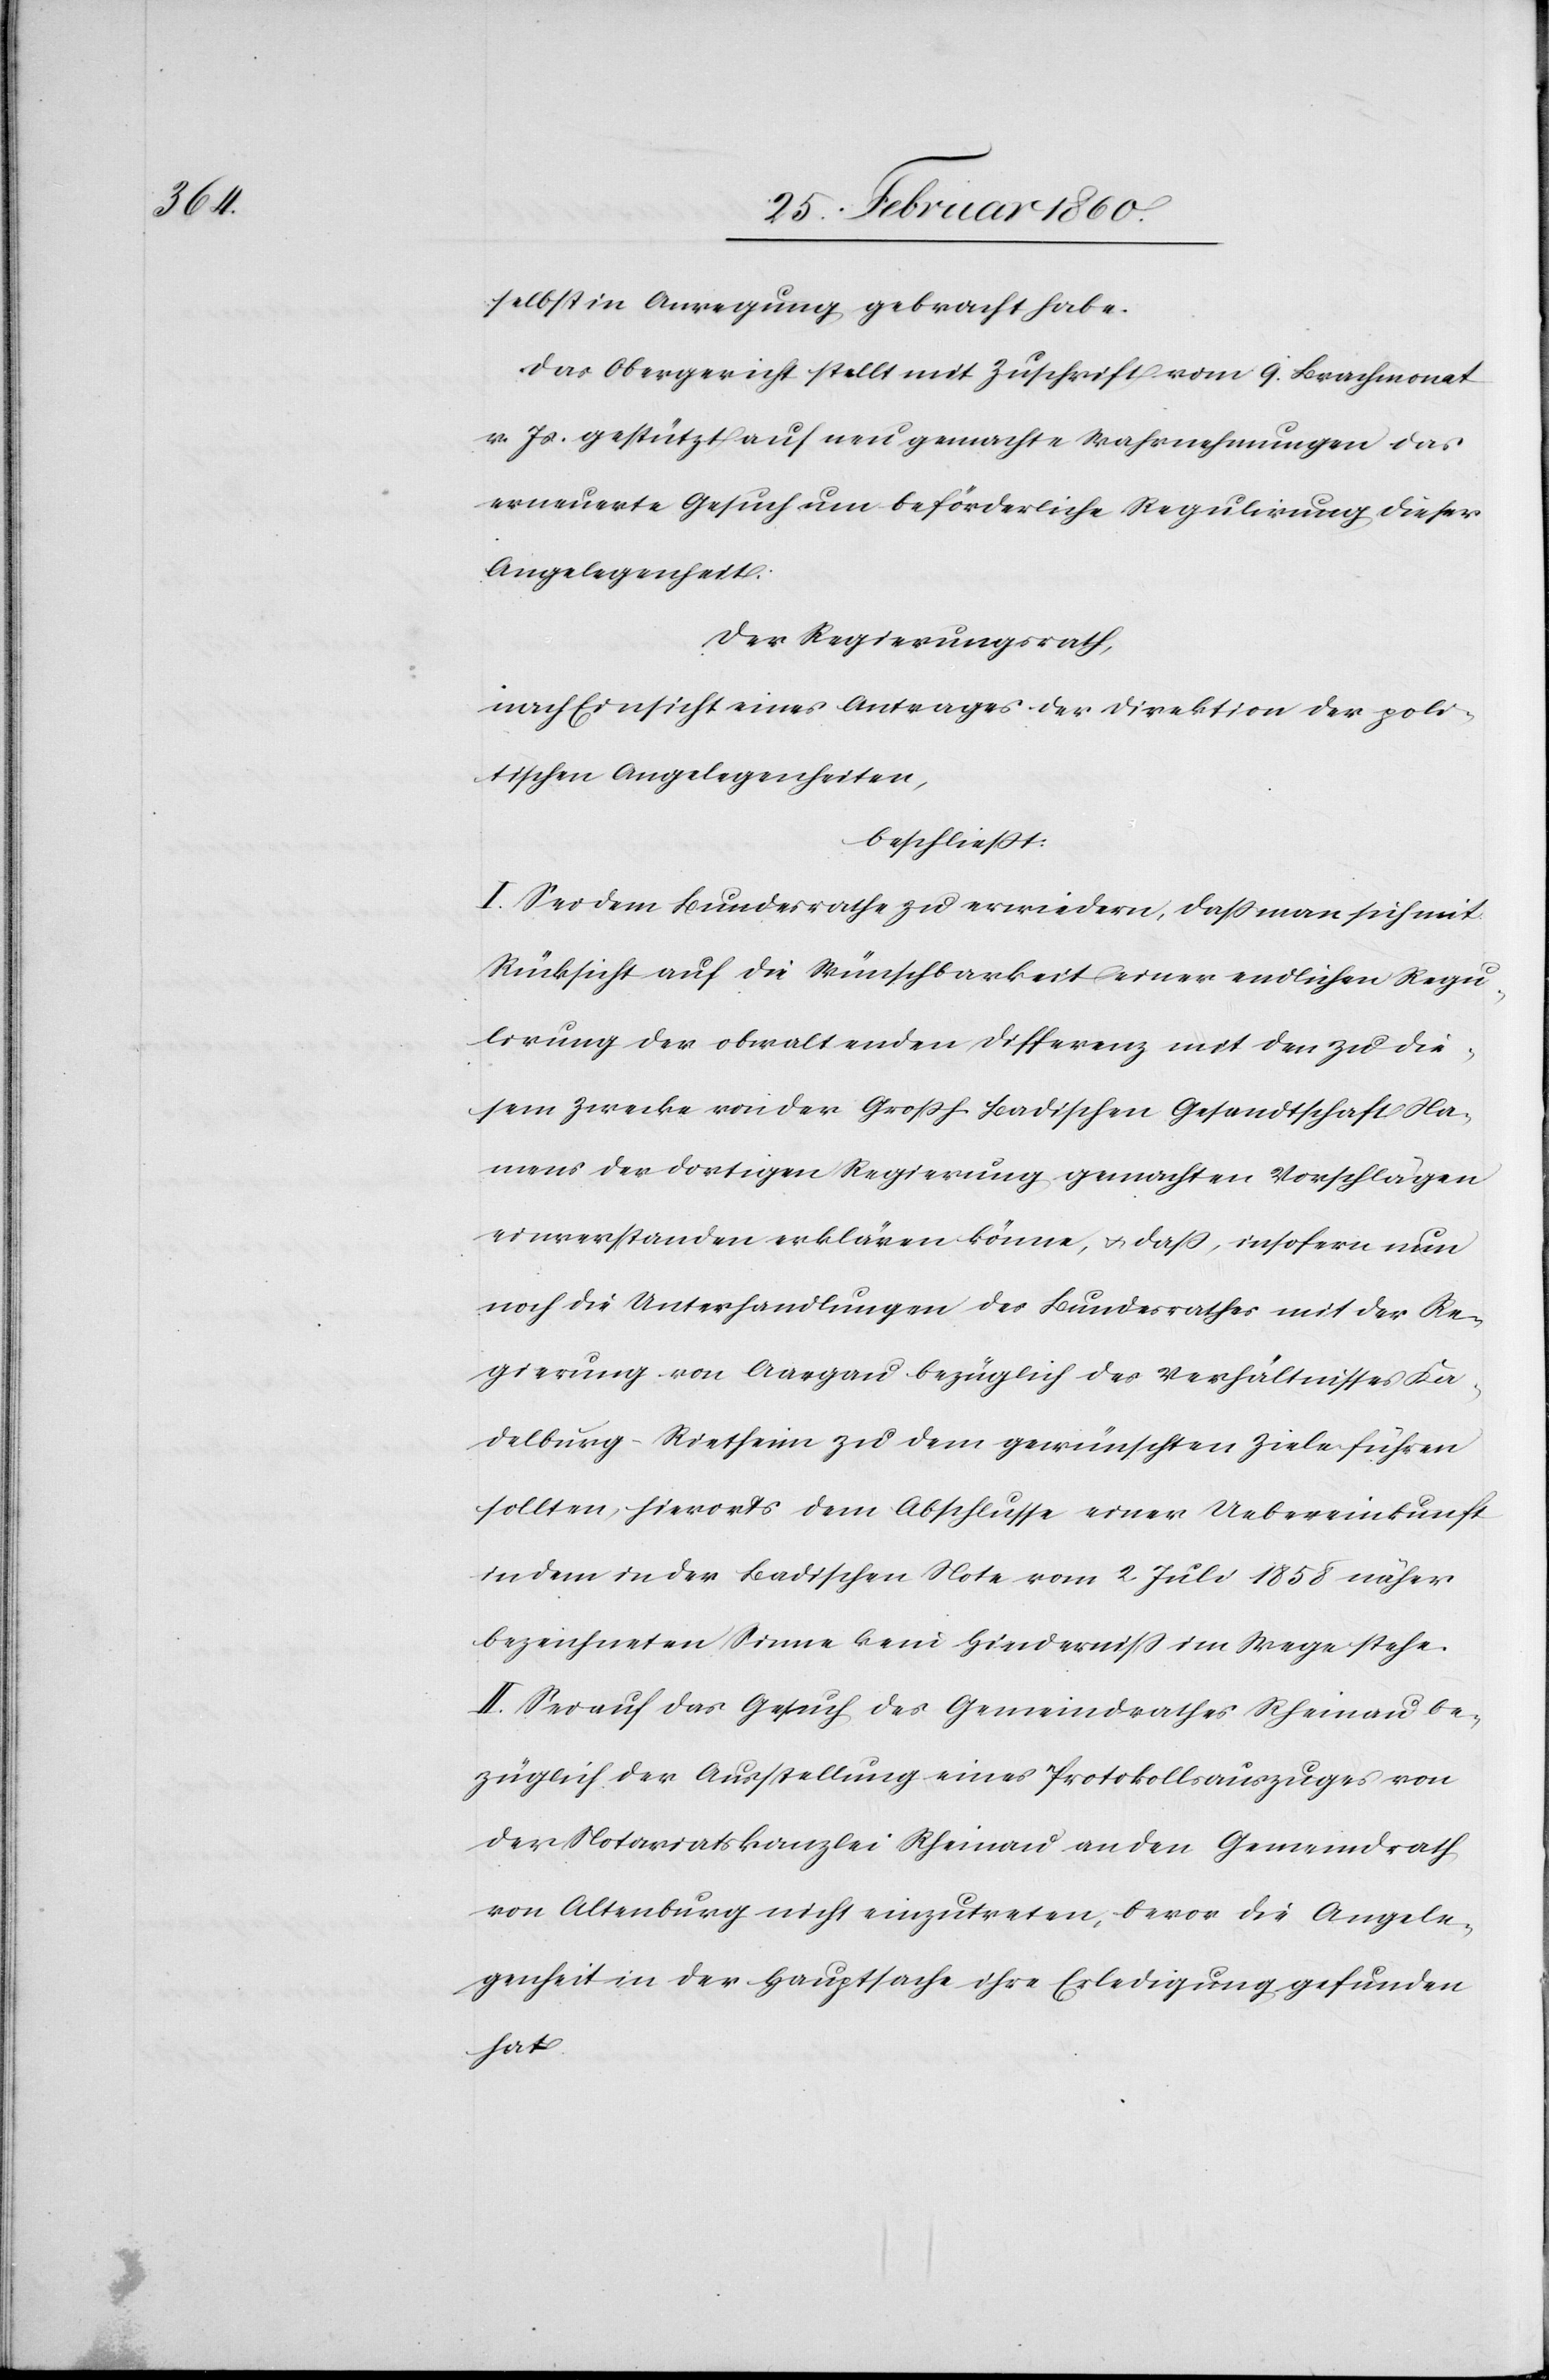
selbst in Anregung gebracht habe.
Das Obergericht stellt mit Zuschrift vom 9. Brachmonat
v. Js. gestützt auf neu gemachte Wahrnehmungen das
erneuerte Gesuch um beförderliche Regulirung dieser
Angelegenheit,
Der Regierungsrath,
nach Einsicht eines Antrages der Direktion der poli¬
tischen Angelegenheiten,
beschliesst;
I. Sei dem Bundesrathe zu erwiedern, dass man sich mit
Rücksicht auf die Wünschbarkeit einer endlichen Regu¬
lirung der obwaltenden Differenz mit den zu die¬
sem Zwecke von der Grossh. Badischen Gesandtschaft Na¬
mens der dortigen Regierung gemachten Vorschlägen
einverstanden erklären könne, u. dass, insofern nun
noch die Unterhandlungen des Bundesrathes mit der Re¬
gierung von Aargau bezüglich des Verhältnisses Ka¬
delburg-Rietheim zu dem gewünschten Ziele führen
sollten, hierorts dem Abschlusse einer Uebereinkunft
in dem in der Badischen Note vom 2. Juli 1858 näher
bezeichneten Sinne kein Hinderniss im Wege stehe.
II. Sei auf das Gesuch des Gemeindrathes Rheinau be¬
züglich der Ausstellung eines Protokollsauszuges von
der Notariatskanzlei Rheinau an den Gemeindrath
von Altenburg nicht einzutreten, bevor die Angele¬
genheit in der Hauptsache ihre Erledigung gefunden
hat.